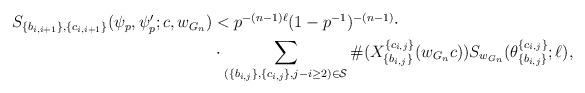
LaTeX: \begin{align*}\begin{aligned} S_{\{b_{i,i+1}\}, \{c_{i,i+1}\}}(\psi_p,\psi_p';c,w_{G_n}) & < p^{-(n-1)\ell}(1-p^{-1})^{-(n-1)} \cdot \\& \cdot \sum_{(\{b_{i,j}\}, \{c_{i,j}\},j-i \geq 2)\in\mathcal{S}} \#(X_{\{b_{i,j}\}}^{\{c_{i,j}\}}( w_{G_n}c)) S_{w_{G_n}}(\theta_{\{b_{i,j}\}}^{\{c_{i,j}\}};\ell),\end{aligned} \end{align*}